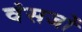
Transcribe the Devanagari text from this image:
वंसजों